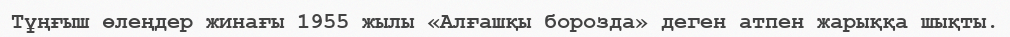
Тұңғыш өлеңдер жинағы 1955 жылы «Алғашқы борозда» деген атпен жарыққа шықты.